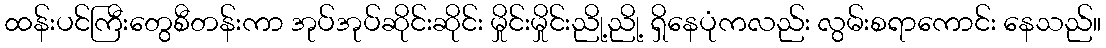
ထန်းပင်ကြီးတွေစီတန်းကာ အုပ်အုပ်ဆိုင်းဆိုင်း မှိုင်းမှိုင်းညို့ညို့ ရှိနေပုံကလည်း လွမ်းစရာကောင်း နေသည်။